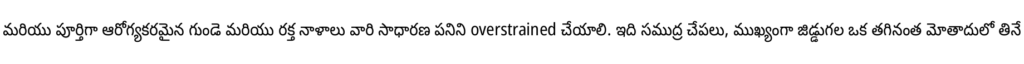
మరియు పూర్తిగా ఆరోగ్యకరమైన గుండె మరియు రక్త నాళాలు వారి సాధారణ పనిని overstrained చేయాలి. ఇది సముద్ర చేపలు, ముఖ్యంగా జిడ్డుగల ఒక తగినంత మోతాదులో తినే